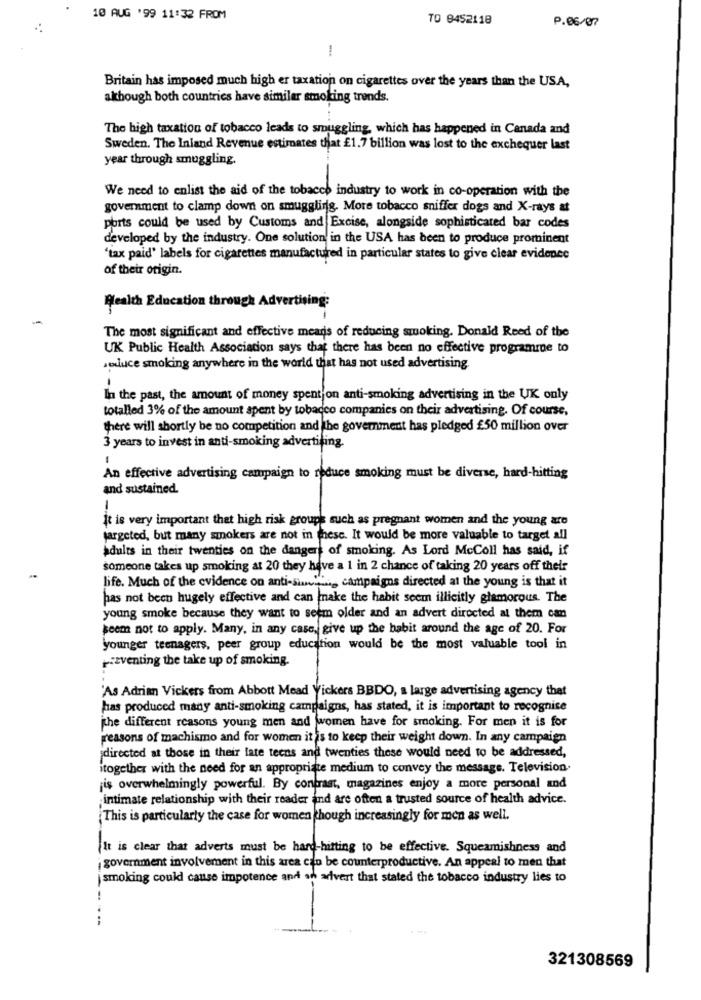
10 AUG '99 11:32 FROM
TO 8452118
P.06/077
1
Britain has imposed much high er taxation on cigarettes over the years than the USA,
although both countries have similar smoking trends.
The high taxation of tobacco leads to smuggling, which has happened in Canada and
Sweden. The Inland Revenue estimates that £1.7 billion was lost to the exchequer last
year through smuggling.
We need to enlist the aid of the tobacco industry to work in co-operation with the
goverment to clamp down on smuggling. More tobacco sniffer dogs and X-rays at
ports could be used by Customs and Excise, alongside sophisticated bar codes
developed by the industry. One solution in the USA has been to produce prominent
"tax paid' labels for cigarettes manufactured in particular states to give clear evidence
of their origin.
Health Education through Advertising:
The most significant and effective means of reducing smoking. Donald Reed of the
UK Public Health Association says that there has been no effective programme to
soluce smoking anywhere in the world that has not used advertising.
In the past, the amount of money spentjon anti-smoking advertising in the UK only
totalled 3% of the amount spent by tobacco companies on their advertising. Of course,
there will shortly be no competition and the government has pledged £50 million over
3 years to invest in anti-smoking advertising.
-
An effective advertising campaign to reduce smoking must be diverse, hard-hitting
and sustained.
1
It is very important thet high risk groups such as pregnant women and the young are
targeted, but many smokers are not in these. It would be more valuable to target all
adults in their twenties on the dangers of smoking. As Lord McColl has said, if
someone takes up smoking at 20 they have a 1 in 2 chance of taking 20 years off their
life. Much of the evidence on anti-sin campaigns directed at the young is that it
has not been hugely effective and can make the habit seem illicitly glamorous. The
young smoke because they want to seem older and an advert directed al them can
seem not to apply. Many, in any case, give up the habit around the age of 20. For
younger teenagers, peer group education would be the most valuable tool in
pzventing the take up of smoking.
'As Adrian Vickers from Abbott Mead Vickers BBDO, a Large advertising agency that
has produced many anti-smoking campaigns, has stated, it is important to recognise
jthe different reasons young men and women have for smoking. For men it is for
reasons of machismo and for women it is to keep their weight down. In any campaign
directed at those in their late teens and twenties these would need to be addressed,
itogether with the need for an appropriate medium to convey the message. Television.
¡is overwhelmingly powerful. By contrast, magazines enjoy a more personal and
intimate relationship with their reader ind are often a trusted source of health advice.
This is particularly the case for women though increasingly for men as well.
It is clear that adverts must be hard-hitting to be effective. Squeamishness and
government involvement in this area can be counterproductive. An appeal to men that
j smoking could cause impotence and an arivert that stated the tobacco industry lies to
321308569